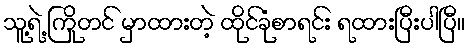
သူ့ရဲ့ ကြိုတင် မှာထားတဲ့ ထိုင်ခုံစာရင်း ရထားပြီးပါပြီ။